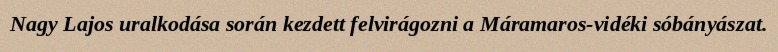
Nagy Lajos uralkodása során kezdett felvirágozni a Máramaros-vidéki sóbányászat.